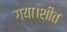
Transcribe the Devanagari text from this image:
गया।शीत